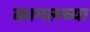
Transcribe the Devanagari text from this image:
कागलच्या